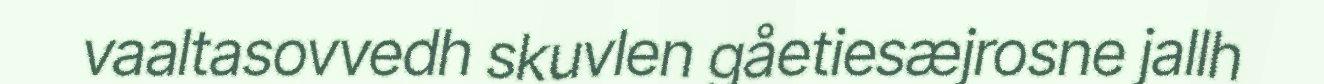
vaaltasovvedh skuvlen gåetiesæjrosne jallh